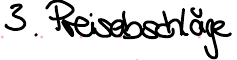
3. Preisabschläge